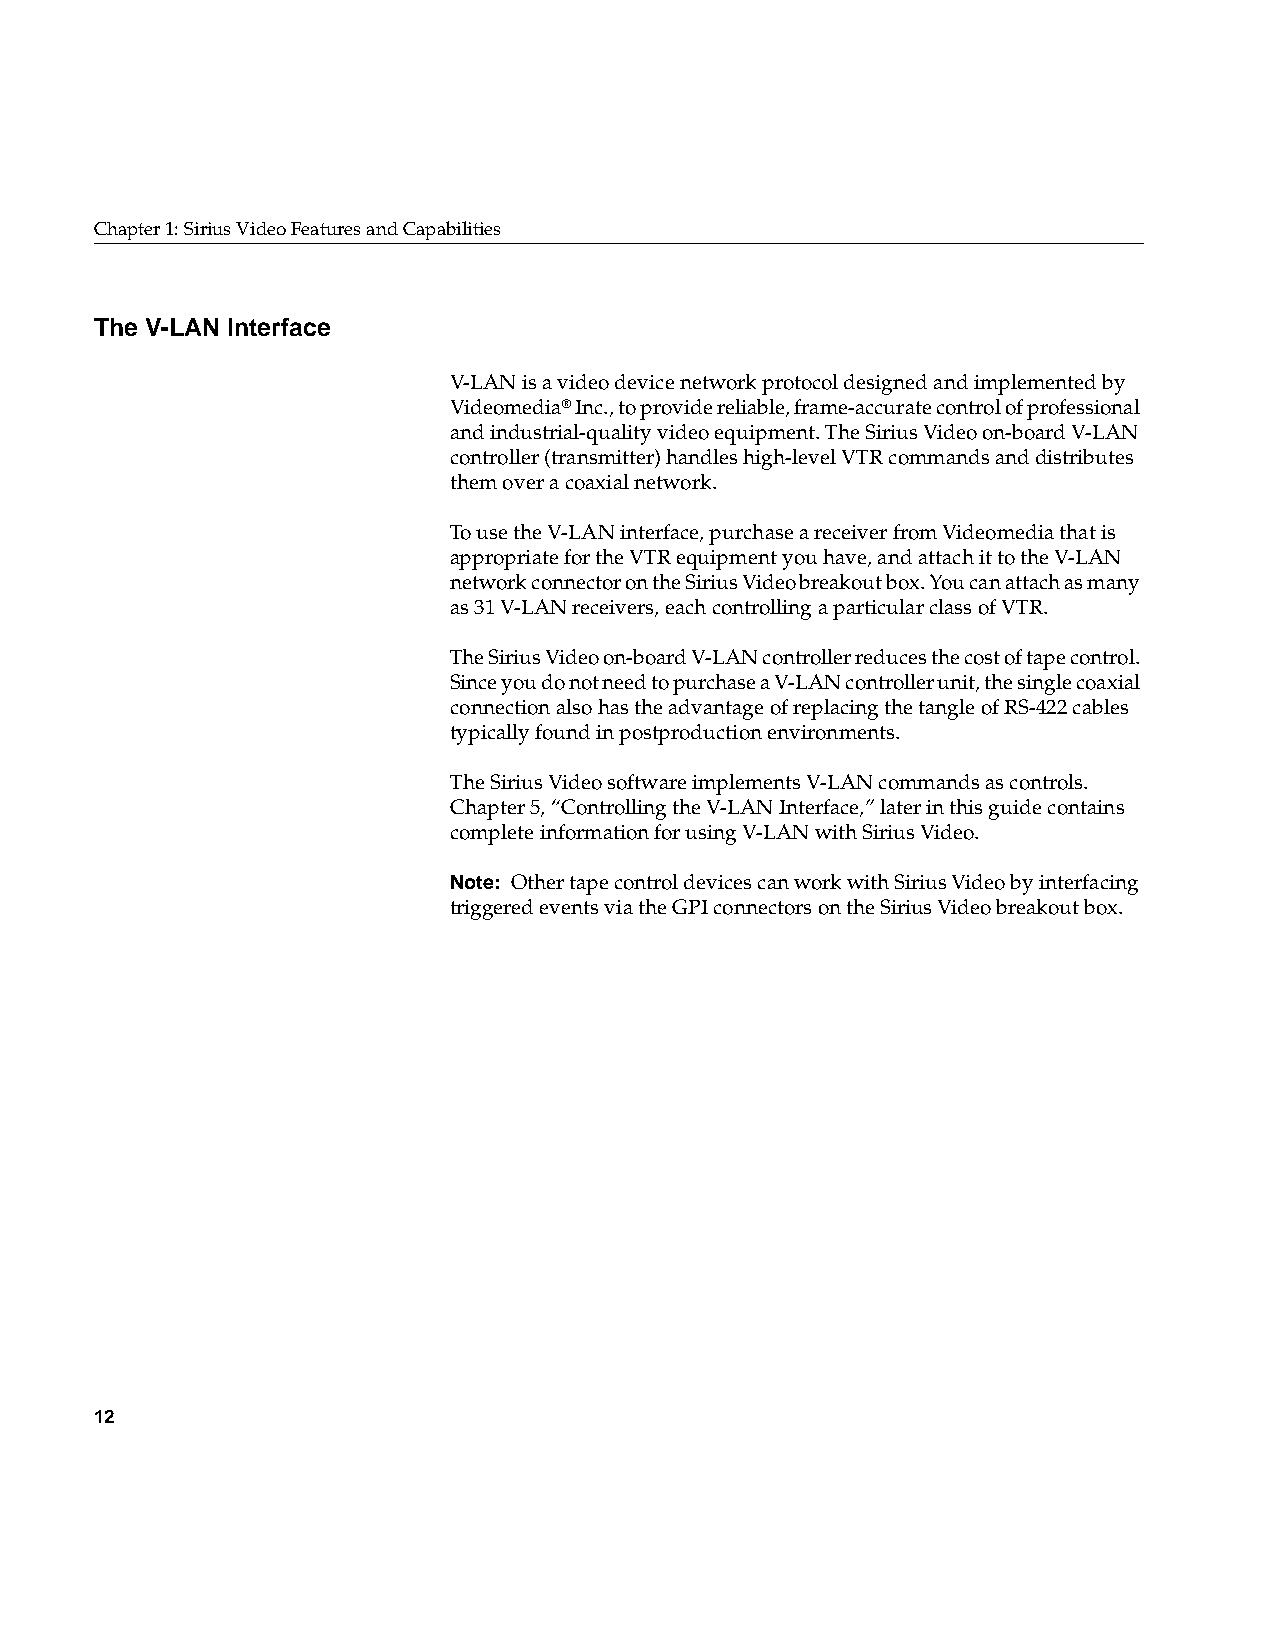
Chapter1: Sirius Video Features and Capabilities
 The V-LAN Interface
 V-LAN is a video device network protocol designed and implemented by
 Videomedia® Inc., to provide reliable, frame-accurate control of professional
 and industrial-quality video equipment. The Sirius Video on-board V-LAN
 controller (transmitter) handles high-level VTR commands and distributes
 them over a coaxial network.
 To use the V-LAN interface, purchase a receiver from Videomedia that is
 appropriate for the VTR equipment you have, and attach it to the V-LAN
 network connector on the Sirius Video breakout box. You can attach as many
 as 31 V-LAN receivers, each controlling a particular class of VTR.
 The Sirius Video on-board V-LAN controller reduces the cost of tape control.
 Since you do not need to purchase a V-LAN controller unit, the single coaxial
 connection also has the advantage of replacing the tangle of RS-422 cables
 typically found in postproduction environments.
 The Sirius Video software implements V-LAN commands as controls.
 Chapter5, “Controlling the V-LAN Interface,” later in this guide contains
 complete information for using V-LAN with Sirius Video.
 Note: Other tape control devices can work with Sirius Video by interfacing
 triggered events via the GPI connectors on the Sirius Video breakout box.
 12